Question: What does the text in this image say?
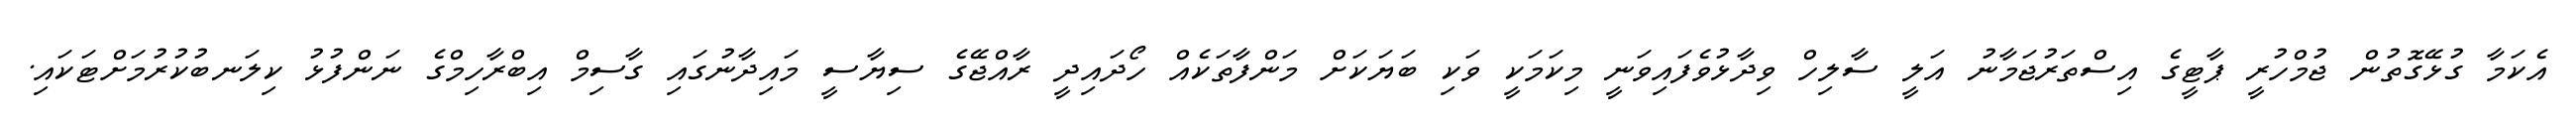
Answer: އެކަމާ ގުޅޭގޮތުން ޖުމްހުރީ ޕާޓީގެ އިސްތަރުޖަމާނު އަލީ ސާލިހް ވިދާޅުވެފައިވަނީ މިކަމަކީ ވަކި ބަޔަކަށް މަންފާތަކެއް ހޯދައިދީ ރާއްޖޭގެ ސިޔާސީ މައިދާނުގައި ގާސިމް އިބްރާހިމްގެ ނަންފުޅު ކިލަނބުކުރުމަށްޓަކައި.